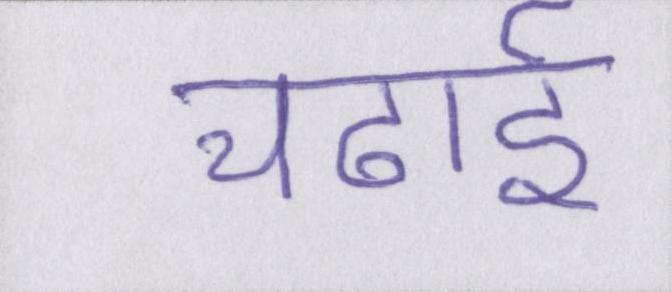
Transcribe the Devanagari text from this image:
चढाई